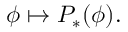
\phi \mapsto P _ { * } ( \phi ) .